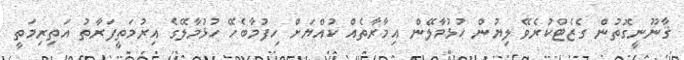
ޤާނޫނީގޮތުން ގެޒެޓްކުރެވޭ ލިޔުން ހުޅުމާލޭން އިމާރާތެއް ކުއްޔަށް ހިފުމާބެހޭ ހުޅުމާލޭގެ އިރުމަތީފަރާތު އަތިރިމަތީ